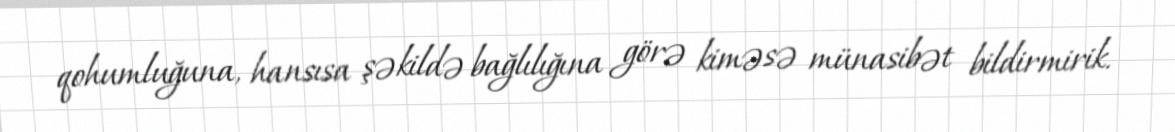
qohumluğuna, hansısa şəkildə bağlılığına görə kiməsə münasibət bildirmirik.